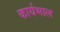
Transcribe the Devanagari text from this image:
कार्यभाल